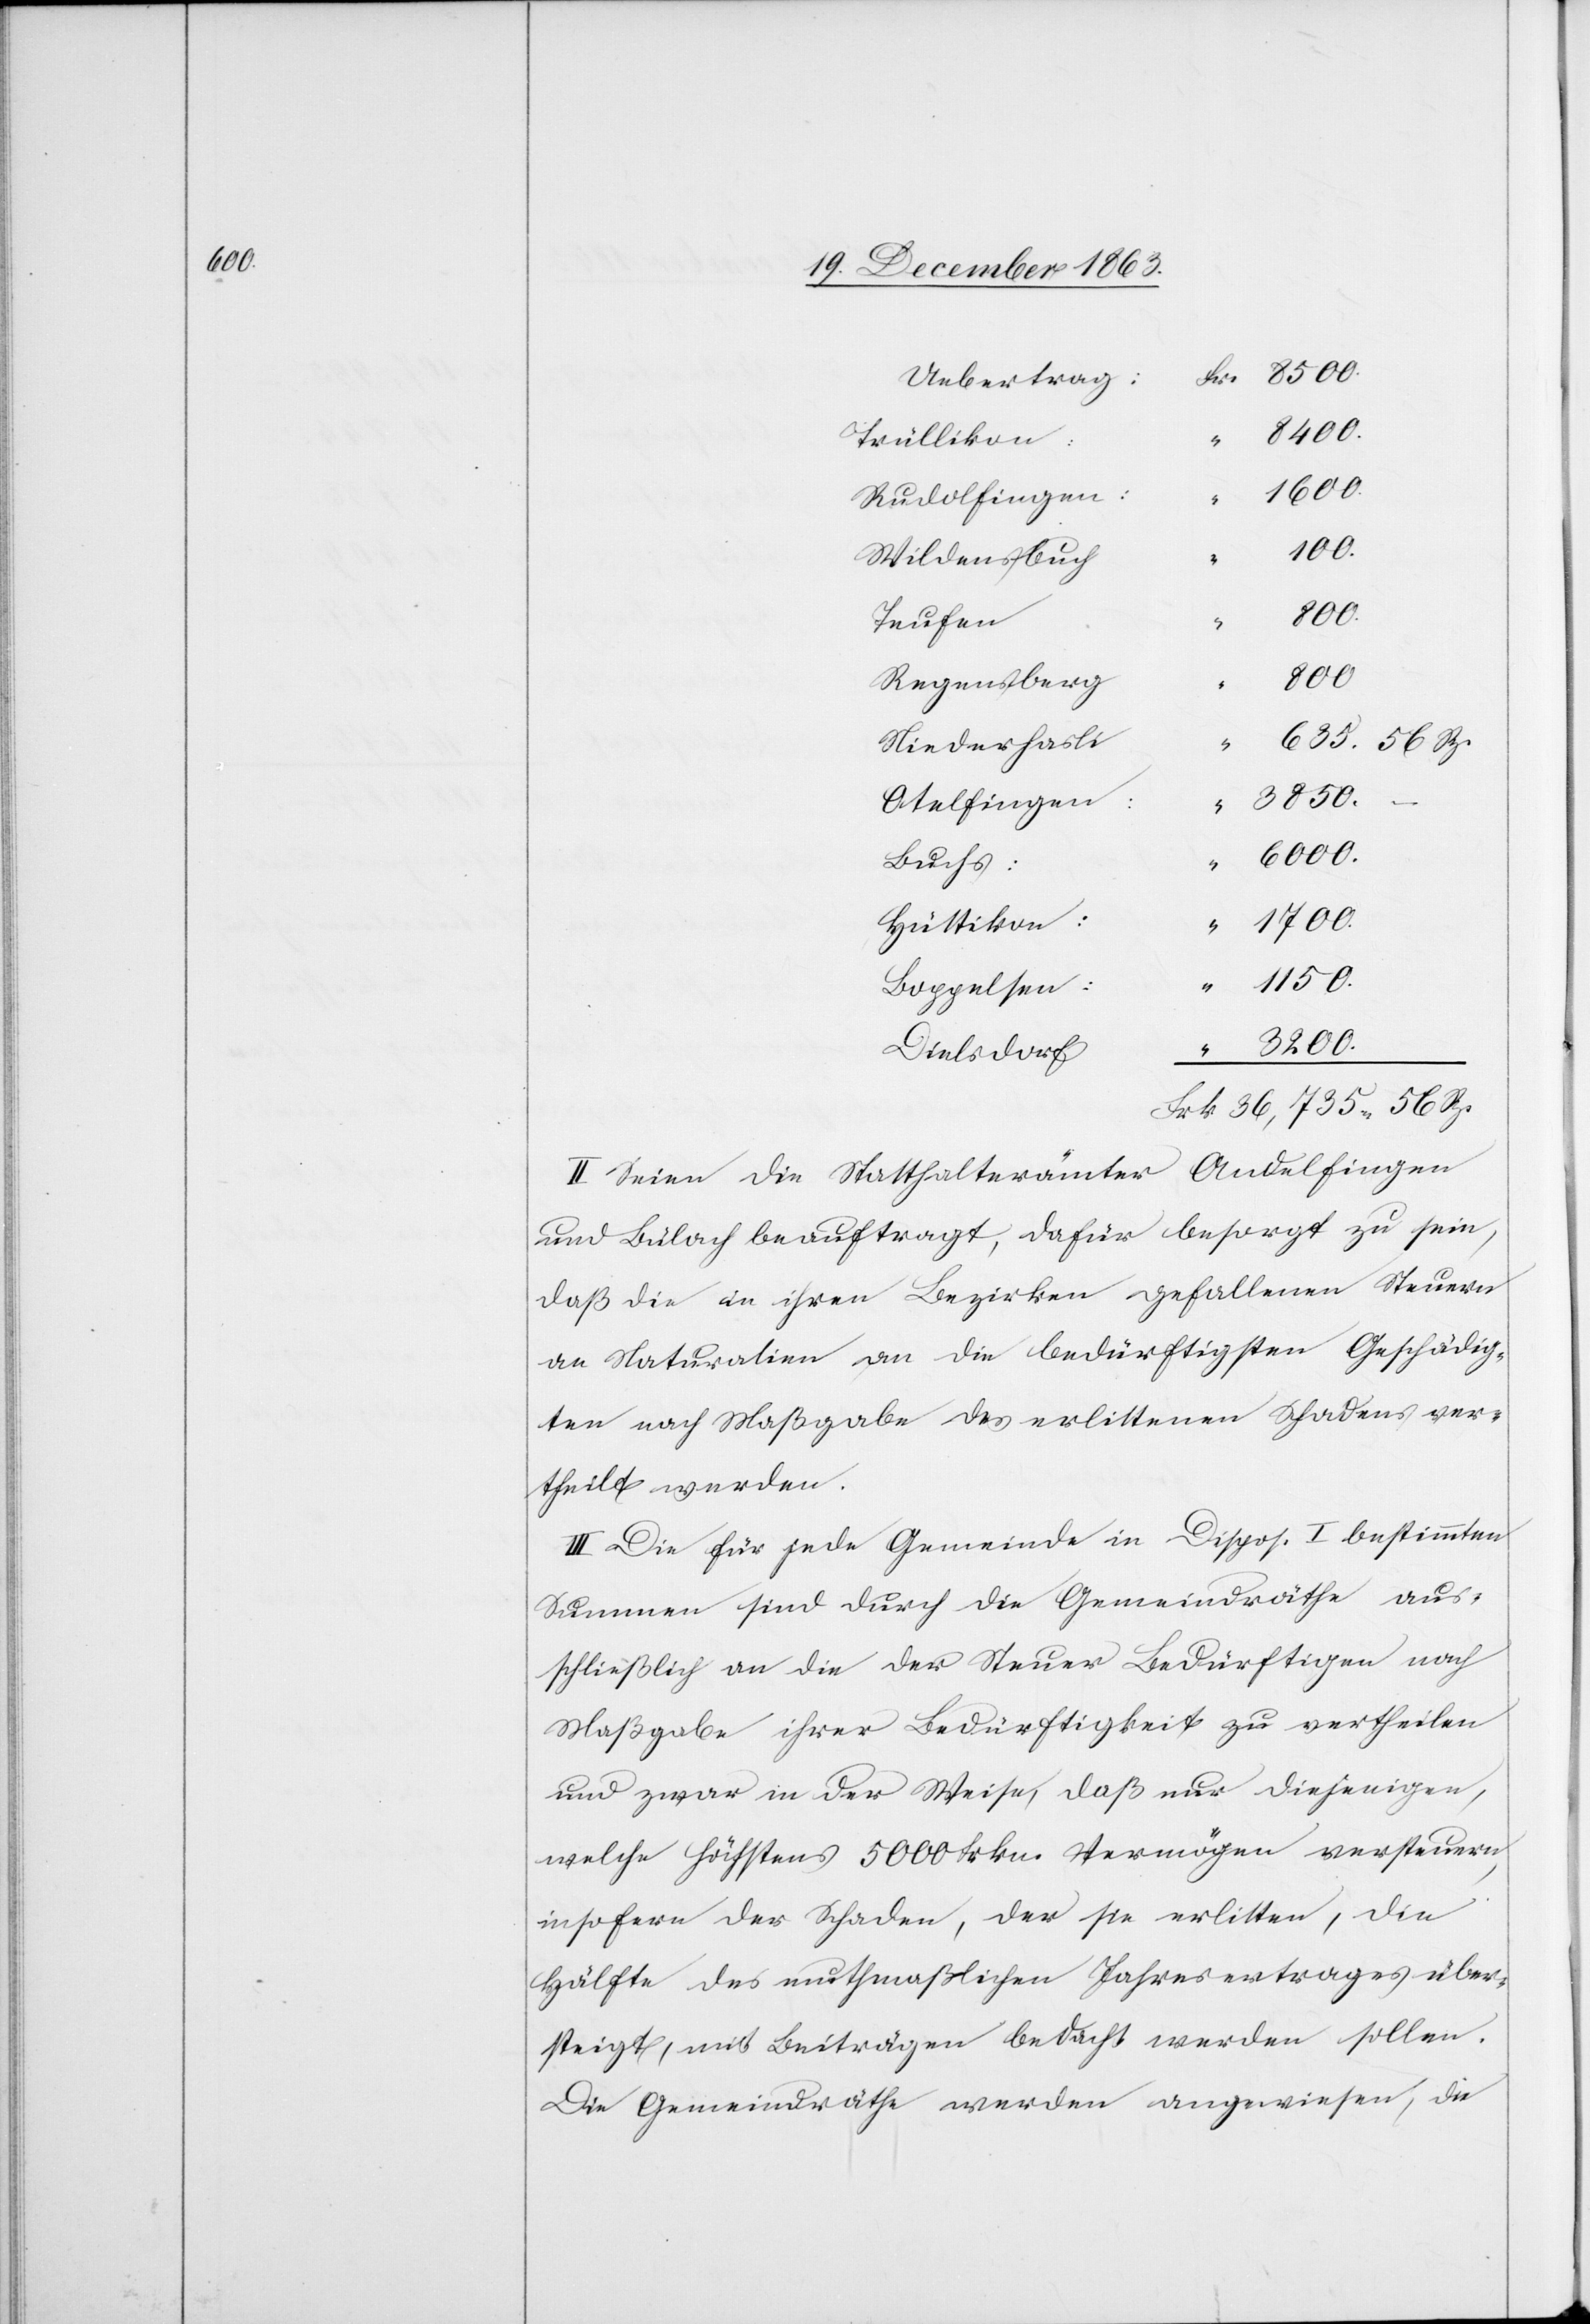
635.

Uebertrag:
Trüllikon:
“
Rudolfingen:
“
1700.
Wildensbuch
56
Teufen
Regensberg
36,735.
Niederhasli
Rp.
3850.
Otelfingen:
“
6000.
Buchs:
Hüttikon:
1150.
Boppelsen:
3200.
Dielsdorf
“
II. Seien die Statthalterämter Andelfingen
und Bülach beauftragt, dafür besorgt zu sein,
daß die in ihren Bezirken gefallenen Steuern
an Naturalien an die bedürftigsten Geschädig¬
ten nach Maßgabe des erlittenen Schadens ver¬
theilt werden.
III. Die für jede Gemeinde in Dispos. I bestimmten
Summen sind durch die Gemeindräthe aus¬
schließlich an die der Steuer Bedürftigen nach
Maßgabe ihrer Bedürftigkeit zu vertheilen
und zwar in der Weise, daß nur diejenigen,
welche höchstens 5000 Frkn. Vermögen versteuern,
insofern der Schaden, der [sic!] sie erlitten, die
Hälfte des muthmaßlichen Jahresertrages über¬
steigt, mit Beiträgen bedacht werden sollen.
Die Gemeindräthe werden angewiesen, die

“